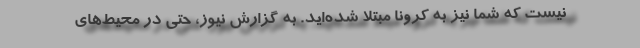
نیست که شما نیز به کرونا مبتلا شده‌اید. به گزارش نیوز، حتی در محیط‌های